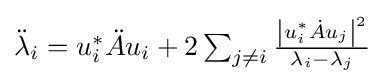
{\textstyle {\ddot {\lambda }}_{i}=u_{i}^{*}{\ddot {A}}u_{i}+2\sum _{j\neq i}{\frac {\left|u_{i}^{*}{\dot {A}}u_{j}\right|^{2}}{\lambda _{i}-\lambda _{j}}}}